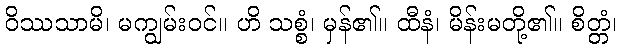
ဝိဿသာမိ၊ မကျွမ်းဝင်။ ဟိ သစ္စံ၊ မှန်၏။ ထီနံ၊ မိန်းမတို့၏။ စိတ္တံ၊